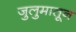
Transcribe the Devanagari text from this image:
जुलुमातून